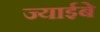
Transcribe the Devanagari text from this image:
ज्याईबे